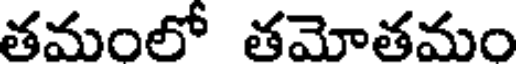
తమంలో తమోతమం